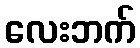
လေးဘက်